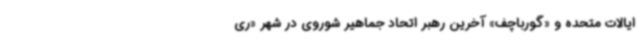
ایالات متحده و «گورباچف» آخرین رهبر اتحاد جماهیر شوروی در شهر «ری